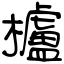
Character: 櫨